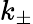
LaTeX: k_{\pm}